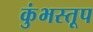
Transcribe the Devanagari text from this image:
कुंभस्तूप